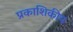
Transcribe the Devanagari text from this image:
प्रकाशिकीय